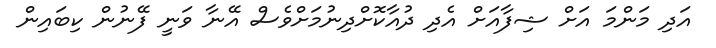
އަދި މަންމަ އަށް ޝިފާއަށް އެދި ދުއާކޮށްދިނުމަށްވެސް އޭނާ ވަނީ ފޭނުން ކިބައިން